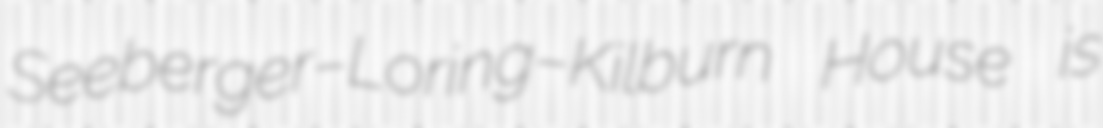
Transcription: Seeberger–Loring–Kilburn House is